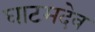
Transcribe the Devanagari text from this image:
घाटमदेव